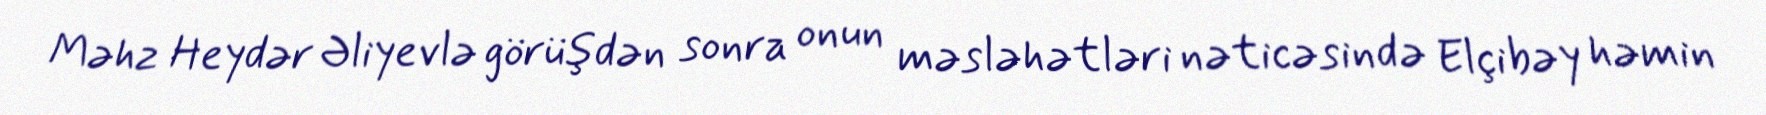
Məhz Heydər Əliyevlə görüşdən sonra onun məsləhətləri nəticəsində Elçibəy həmin